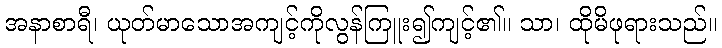
အနာစာရီ၊ ယုတ်မာသောအကျင့်ကိုလွန်ကြူး၍ကျင့်၏။ သာ၊ ထိုမိဖုရားသည်။